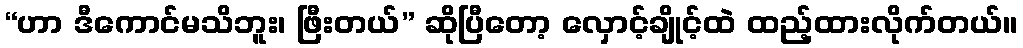
“ဟာ ဒီကောင်မသိဘူး၊ ဖြီးတယ်” ဆိုပြီတော့ လှောင့်ချိုင့်ထဲ ထည့်ထားလိုက်တယ်။